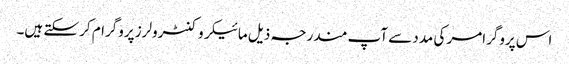
اس پروگرامر کی مدد سے آپ مندرجہ ذیل مائیکروکنٹرولرز پروگرام کر سکتے ہیں۔